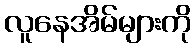
လူနေအိမ်များကို